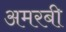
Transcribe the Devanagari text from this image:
अमरबी